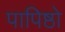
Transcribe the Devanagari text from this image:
पापिष्ठो